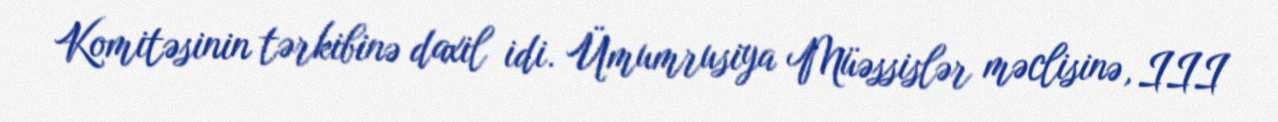
Komitəsinin tərkibinə daxil idi. Ümumrusiya Müəssislər məclisinə, III